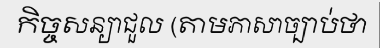
កិច្ចសន្យាជួល (តាមភាសាច្បាប់ថា